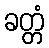
ခတ္တံ